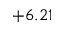
+ 6 . 2 1